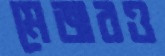
মেজরও